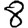
Digit: 8